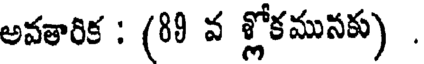
అవతారిక : (89 వ శ్లోకమునకు) .